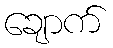
ချောက်